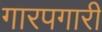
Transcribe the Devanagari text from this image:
गारपगारी